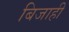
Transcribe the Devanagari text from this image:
बिजाही